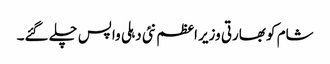
شام کو بھارتی وزیر اعظم نئی دہلی واپس چلے گئے۔